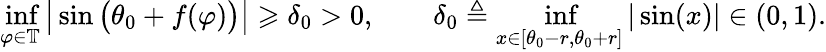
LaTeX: \operatorname*{inf}_{\varphi\in\mathbb{T}}\big|\sin\big(\theta_{0}+f(\varphi)\big)\big|\geqslant\delta_{0}>0,\qquad\delta_{0}\triangleq\operatorname*{inf}_{x\in[\theta_{0}-r,\theta_{0}+r]}|\sin(x)|\in(0,1).